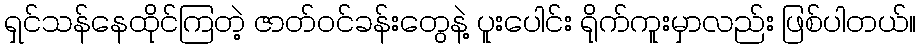
ရှင်သန်နေထိုင်ကြတဲ့ ဇာတ်ဝင်ခန်းတွေနဲ့ ပူးပေါင်း ရိုက်ကူးမှာလည်း ဖြစ်ပါတယ်။